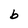
Character: b